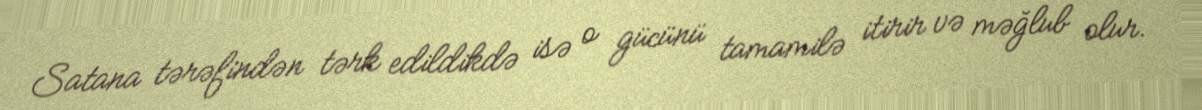
Satana tərəfindən tərk edildikdə isə o gücünü tamamilə itirir və məğlub olur.